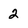
Character: 2